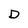
Character: D